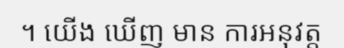
។ យើង ឃើញ មាន ការអនុវត្ត